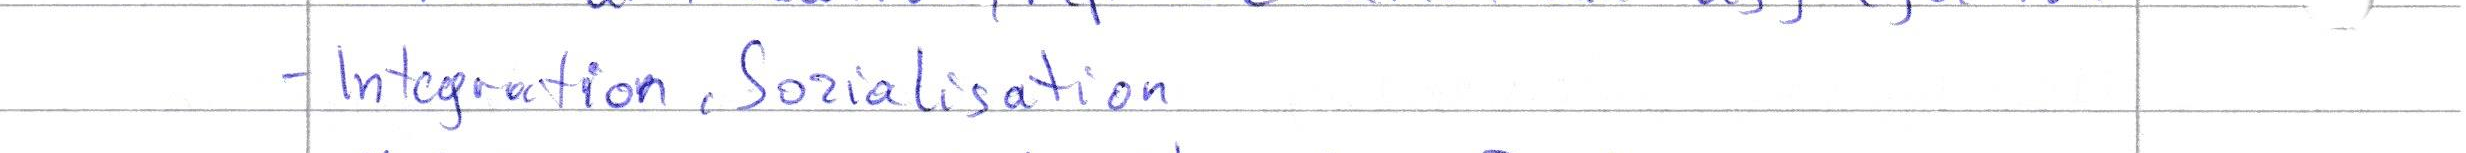
- Integration, Sozialisation